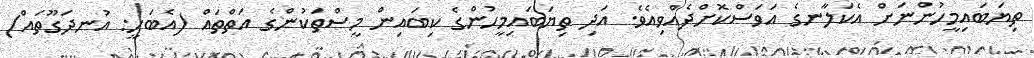
ތިޔަބައިމީހުންނަށް އެކަލާނގެ އަވަސްކޮށްދެއްވިއެވެ. އަދި ތިޔަބައިމީހުންގެ ކިބައިން މީސްތަކުންގެ އަތްތައް (އެބަހީ: އުނދަގޫތައް)